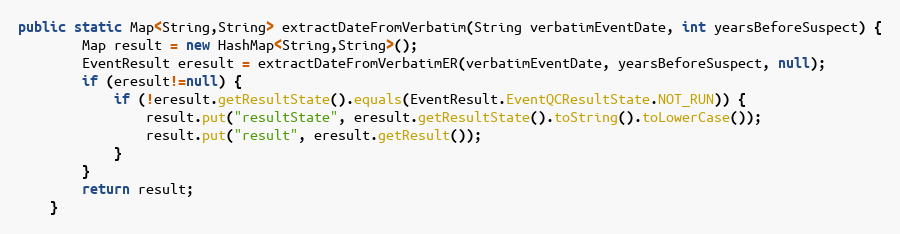
Language: Java
public static Map<String,String> extractDateFromVerbatim(String verbatimEventDate, int yearsBeforeSuspect) {
		Map result = new HashMap<String,String>();
	    EventResult eresult = extractDateFromVerbatimER(verbatimEventDate, yearsBeforeSuspect, null);
	    if (eresult!=null) {
	    	if (!eresult.getResultState().equals(EventResult.EventQCResultState.NOT_RUN)) {
	            result.put("resultState", eresult.getResultState().toString().toLowerCase());
	            result.put("result", eresult.getResult());
	    	}
	    }
	    return result;
	}